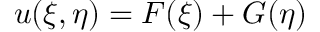
u ( \xi , \eta ) = F ( \xi ) + G ( \eta )